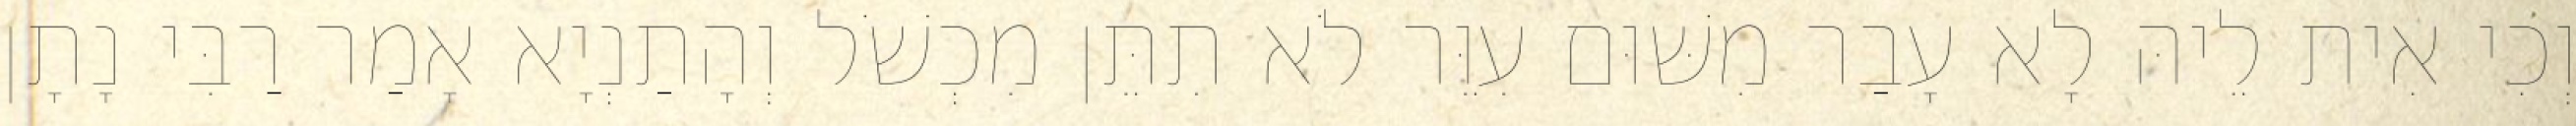
וְכִי אִית לֵיהּ לָא עָבַר מִשּׁוּם עִוֵּר לֹא תִתֵּן מִכְשֹׁל וְהָתַנְיָא אָמַר רַבִּי נָתָן